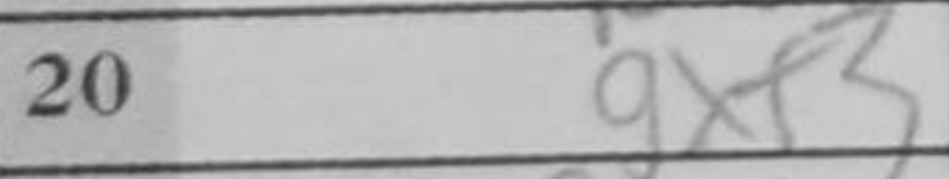
Transcription: gxf3